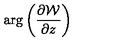
\mathrm { a r g } \left( { \frac { \partial { \cal W } } { \partial z } } \right)